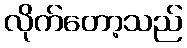
လိုက်တော့သည်